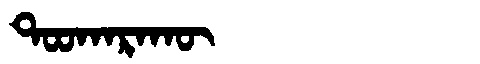
Manchu: ᡨᠣᠣᡴᠠᡵᠠᡴᡡ
Romanization: TOOKARAKŪ